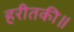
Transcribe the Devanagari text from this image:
हरीतकी॥